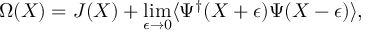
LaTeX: \Omega ( X ) = J ( X ) + \operatorname * { l i m } _ { \epsilon \rightarrow 0 } \langle \Psi ^ { \dagger } ( X + \epsilon ) \Psi ( X - \epsilon ) \rangle ,